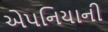
એપનિયાની